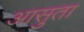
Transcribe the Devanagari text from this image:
आसुता